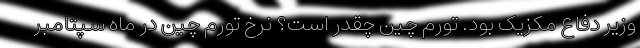
وزیر دفاع مکزیک بود. تورم چین چقدر است؟ نرخ تورم چین در ماه سپتامبر